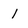
Character: 1